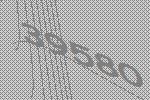
39580